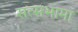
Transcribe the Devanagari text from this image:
सत्सभामा